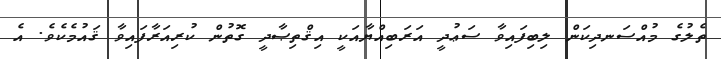
ތެލުގެ މުއްސަނދިކަން ލިބިފައިވާ ސަޢުދީ އަރަބިއްޔާއަކީ އިޤްތިޞާދީ ގޮތުން ކުރިއަރާފައިވާ ޤައުމެކެވެ. އެ